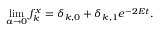
\operatorname * { l i m } _ { a \to 0 } f _ { k } ^ { x } = \delta _ { k , 0 } + \delta _ { k , 1 } e ^ { - 2 E t } .